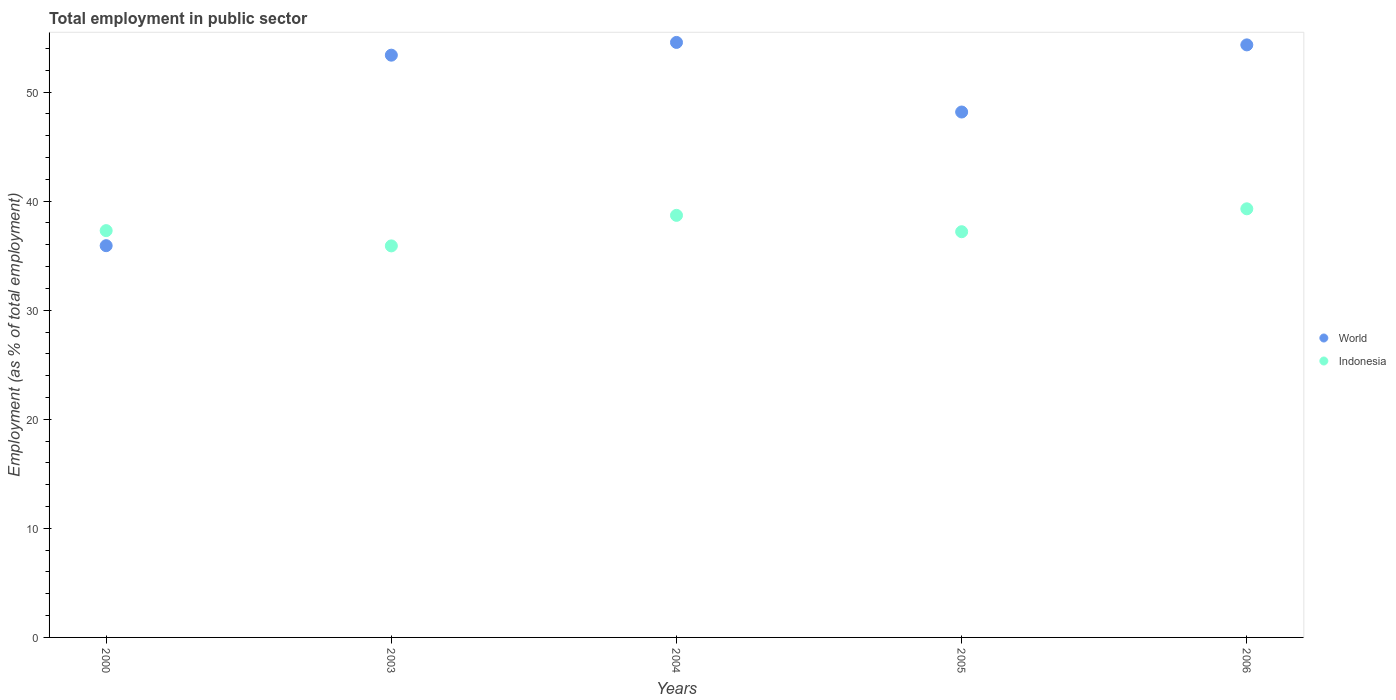
| Years | World | Indonesia |
 | --- | --- | --- |
 | 2000 | 35.9 | 37.3 |
 | 2003 | 53.4 | 35.9 |
 | 2004 | 54.6 | 38.7 |
 | 2005 | 48.2 | 37.2 |
 | 2006 | 54.3 | 39.3 |